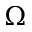
\Omega